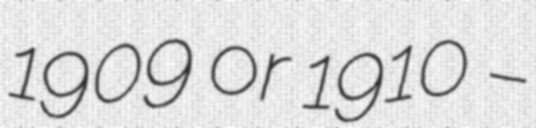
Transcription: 1909 or 1910 –